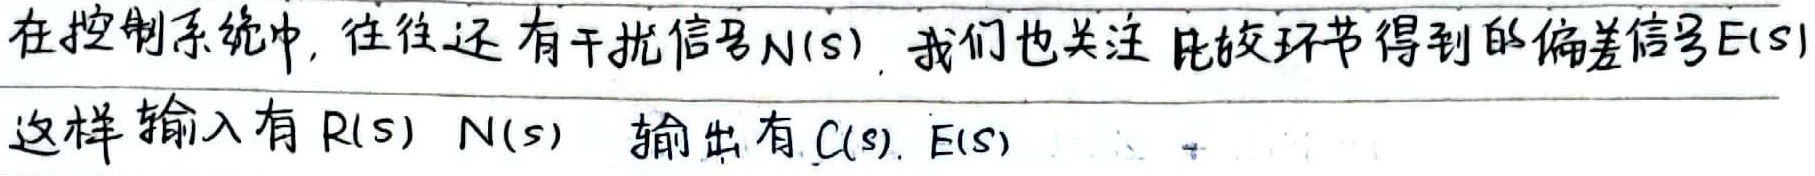
在控制系统中，往往还有干扰信号\(N(s)\)，我们也关注比较环节得到的偏差信号\(E(s)\)。这样输入有\(R(s)\)、\(N(s)\)，输出有\(C(s)\)、\(E(s)\)。